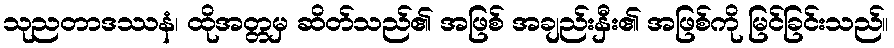
သုညတာဒဿနံ၊ ထိုအတ္တမှ ဆိတ်သည်၏ အဖြစ် အချည်းနှီး၏ အဖြစ်ကို မြင်ခြင်းသည်။